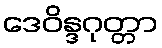
ဒေဝိန္ဒဂုတ္တာ